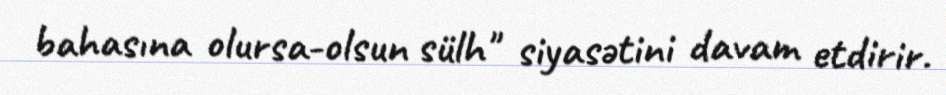
bahasına olursa-olsun sülh" siyasətini davam etdirir.